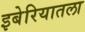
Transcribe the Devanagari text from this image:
इबेरियातला